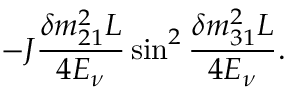
- J \frac { \delta m _ { 2 1 } ^ { 2 } L } { 4 E _ { \nu } } \sin ^ { 2 } \frac { \delta m _ { 3 1 } ^ { 2 } L } { 4 E _ { \nu } } .